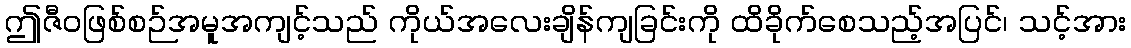
ဤဇီဝဖြစ်စဉ်အမူအကျင့်သည် ကိုယ်အလေးချိန်ကျခြင်းကို ထိခိုက်စေသည့်အပြင်၊ သင့်အား